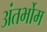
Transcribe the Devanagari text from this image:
अंतर्भोम